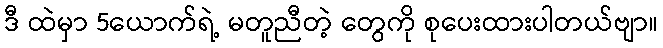
ဒီ ထဲမှာ 5ယောက်ရဲ့ မတူညီတဲ့ တွေကို စုပေးထားပါတယ်ဗျာ။